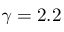
\gamma = 2 . 2